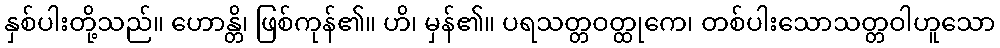
နှစ်ပါးတို့သည်။ ဟောန္တိ၊ ဖြစ်ကုန်၏။ ဟိ၊ မှန်၏။ ပရသတ္တဝတ္ထုကေ၊ တစ်ပါးသောသတ္တဝါဟူသော